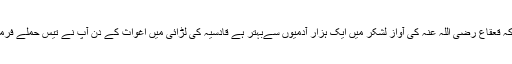
حضرت ابوبکر رضی اللہ عنہ کا فرمان ہے کہ قعقاع رضی اللہ عنہ کی آواز لشکر میں ایک ہزار آدمیوں سےبہتر ہے قادسیہ کی لڑائی میں اغواث کے دن آپ نے تیس حملے فرمائے اور ہر حملے میں ایک کافر کو قتل کیا ۔